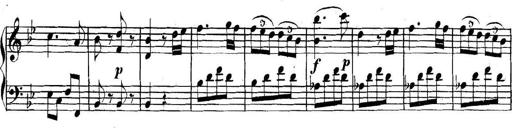
Title: Collected Piano Sonatas
Composer: Muzio Clementi